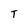
Character: T